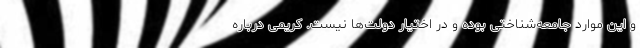
و این موارد جامعه‌شناختی بوده و در اختیار دولت‌ها نیست. کریمی درباره